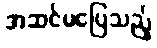
အဆင်မပြေသည့်